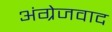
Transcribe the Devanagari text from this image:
अंग्रेजवाद